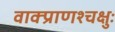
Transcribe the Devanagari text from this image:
वाक्प्राणश्चक्षुः